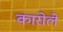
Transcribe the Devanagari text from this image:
कारोले